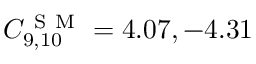
C _ { 9 , 1 0 } ^ { \mathrm { ~ S ~ M ~ } } = 4 . 0 7 , - 4 . 3 1